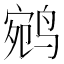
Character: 鹓